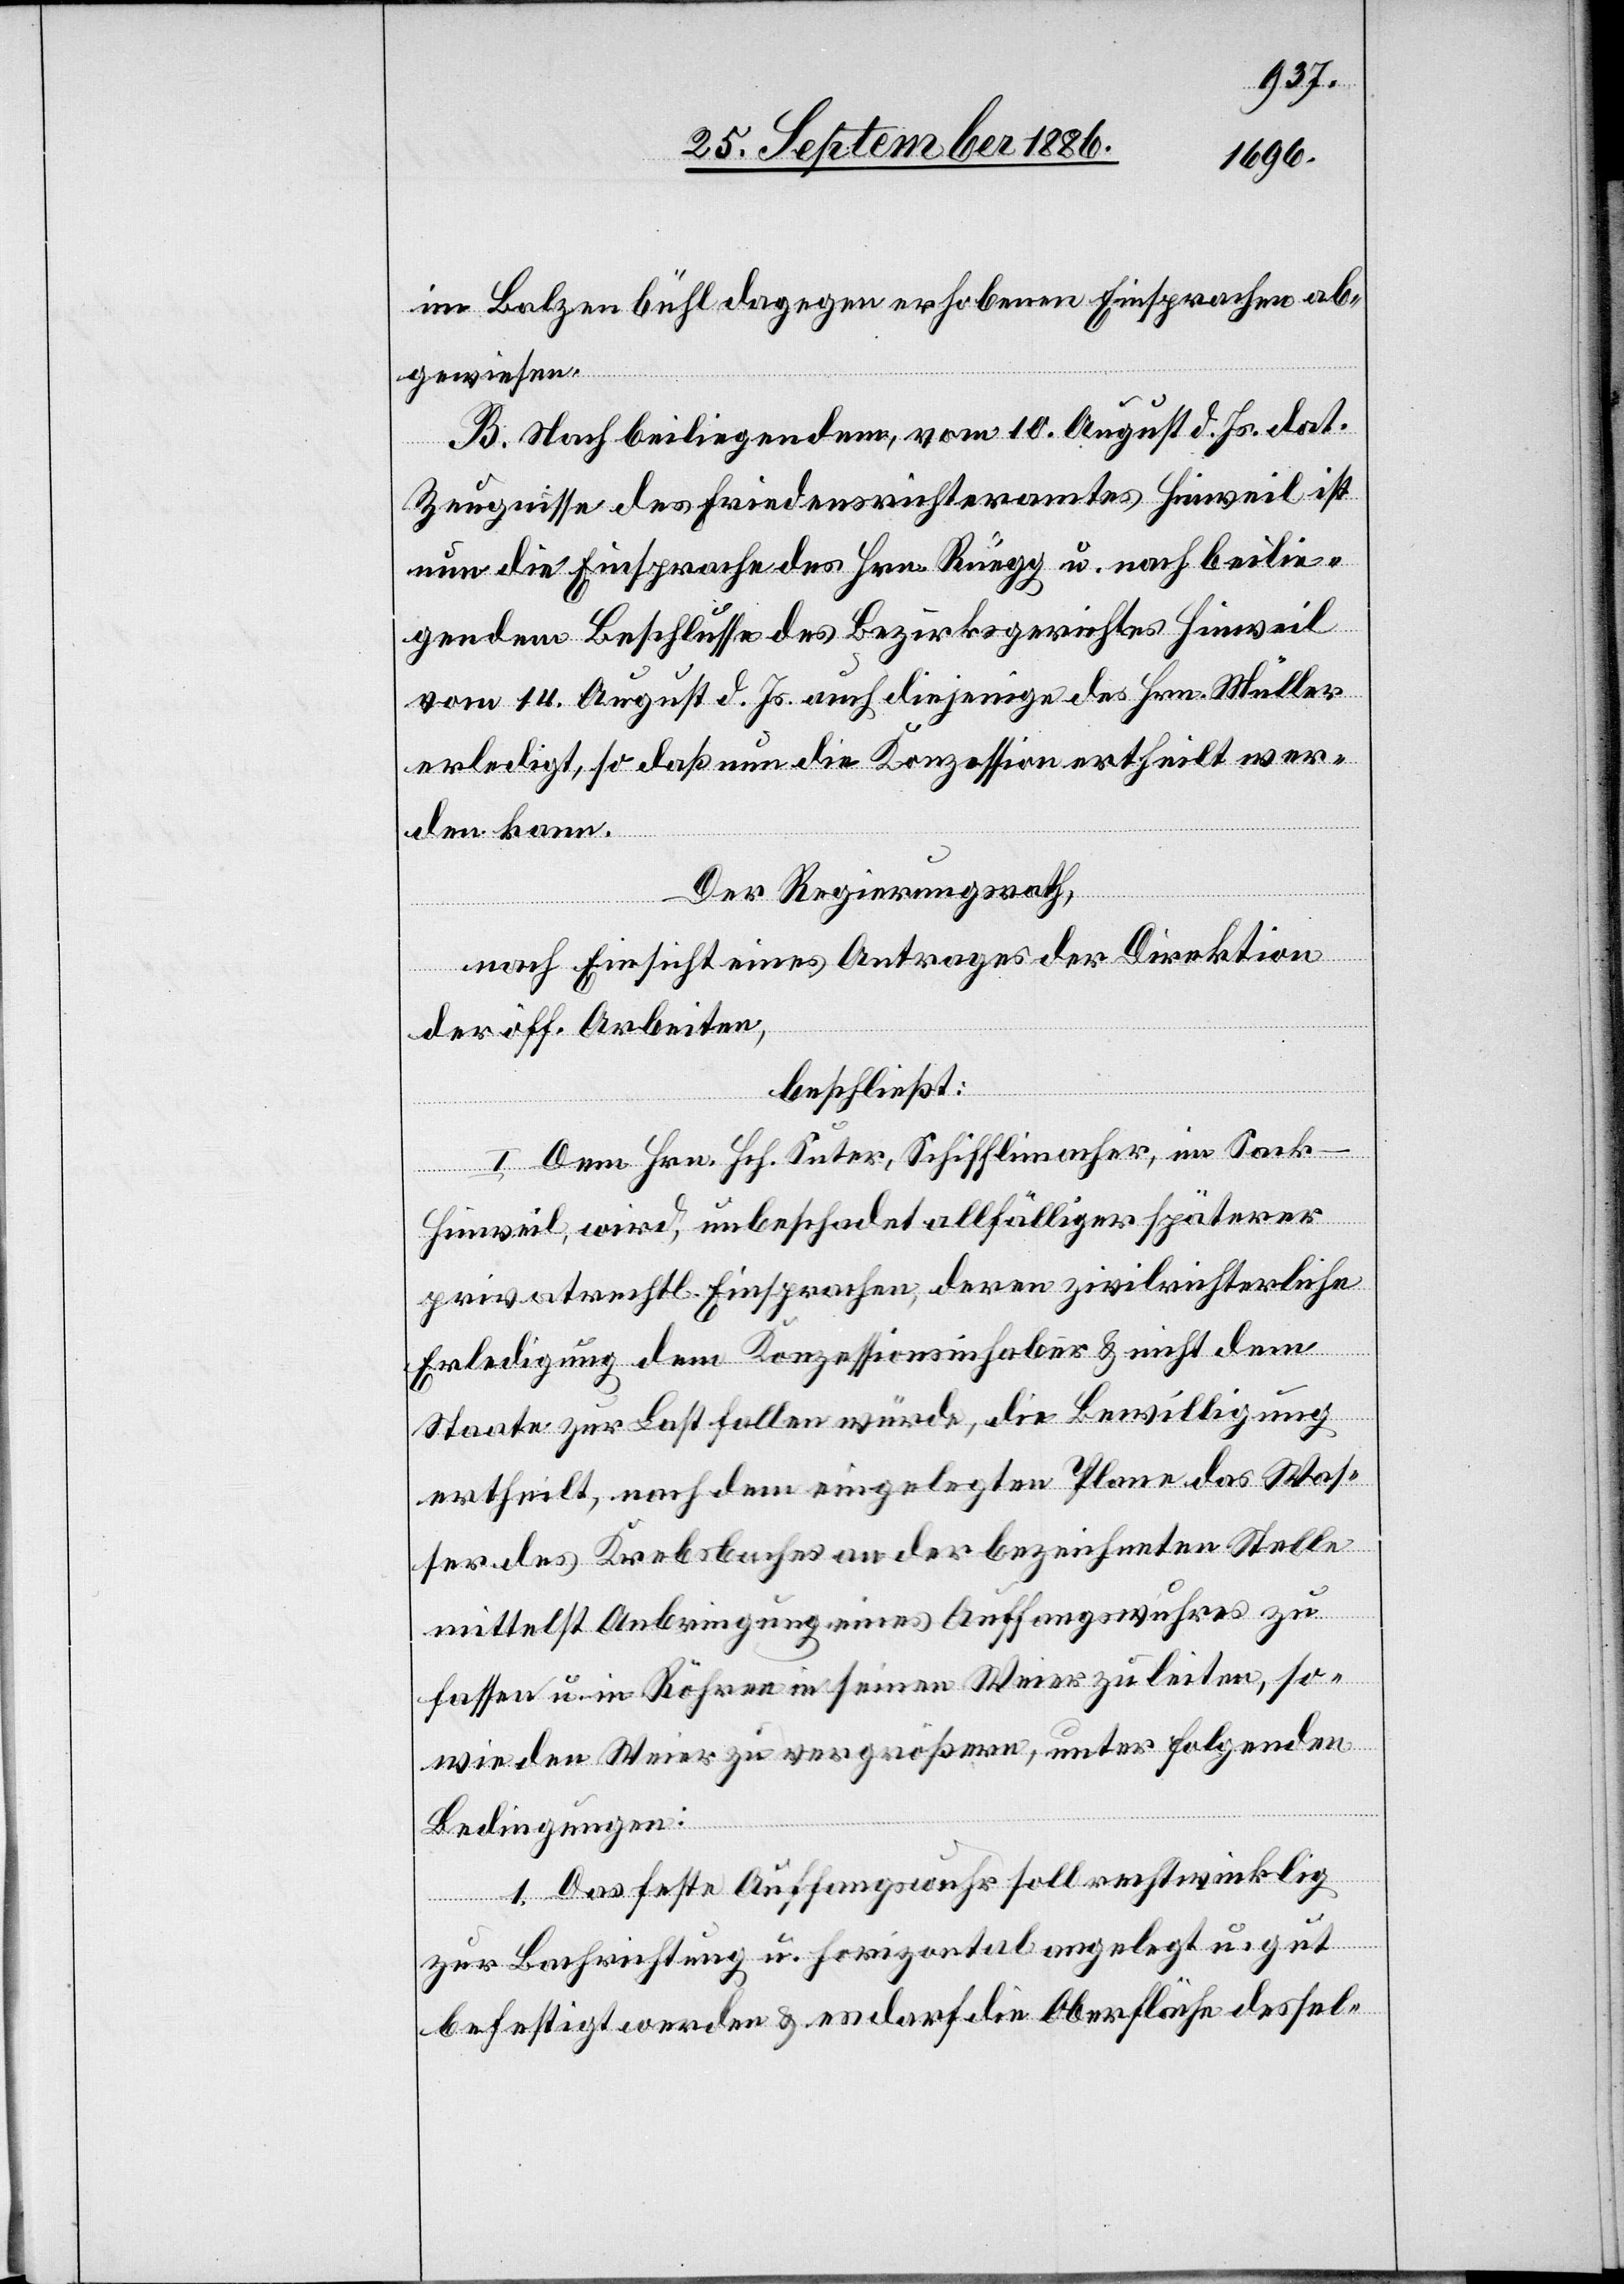
im Balzenbühl dagegen erhobenen Einsprachen ab¬
gewiesen.
B. Nach beiliegendem, vom 10. August d. Js. dat.
Zeugnisse des Friedensrichteramtes Hinweil ist
nun die Einsprache des Hrn. Rüegg u. nach beilie¬
gendem Beschlusse des Bezirksgerichtes Hinweil
vom 14. August d. Js. auch diejenige des Hrn. Müller
erledigt, so daß nun die Konzession ertheilt wer¬
den kann.
Der Regierungsrath,
nach Einsicht eines Antrages der Direktion
der öff. Arbeiten,
beschließt:
I. Dem Hrn. Hch. Suter, Schifflimacher, im Sack
Hinweil, wird, unbeschadet allfälliger späterer
privatrechtl. Einsprachen, deren zivilrichterliche
Erledigung dem Konzessionsinhaber & nicht dem
Staate zur Last fallen würde, die Bewilligung
ertheilt, nach dem eingelegten Plane das Was¬
ser des Krebsbaches an der bezeichneten Stelle
mittelst Anbringung eines Auffangswuhres zu
fassen u. in Röhren in seinen Weier zu leiten, so¬
wie den Weier zu vergrößern, unter folgenden
Bedingungen:
1. Das feste Auffangswuhr soll rechtwinklig
zur Bachrichtung u. horizontal angelegt u. gut
befestigt werden & es darf die Oberfläche dessel-